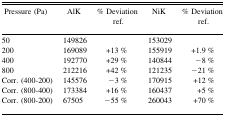
<table><thead><tr><td><b>Pressure (Pa)</b></td><td><b>AlK</b></td><td><b>% Deviation ref.</b></td><td><b>NiK</b></td><td><b>% Deviation ref.</b></td></tr></thead><tbody><tr><td>50</td><td>149826</td><td></td><td>153029</td><td></td></tr><tr><td>200</td><td>169089</td><td>+13 %</td><td>155919</td><td>+1.9 %</td></tr><tr><td>400</td><td>192770</td><td>+29 %</td><td>140844</td><td>−8 %</td></tr><tr><td>800</td><td>212216</td><td>+42 %</td><td>121235</td><td>−21 %</td></tr><tr><td>Corr. (400–200)</td><td>145576</td><td>−3 %</td><td>170915</td><td>+12 %</td></tr><tr><td>Corr. (800–400)</td><td>173384</td><td>+16 %</td><td>160437</td><td>+5 %</td></tr><tr><td>Corr. (800–200)</td><td>67505</td><td>−55 %</td><td>260043</td><td>+70 %</td></tr></tbody></table>